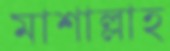
মাশাল্লাহ